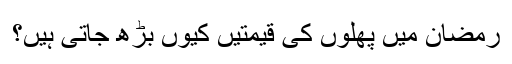
رمضان میں پھلوں کی قیمتیں کیوں بڑھ جاتی ہیں؟